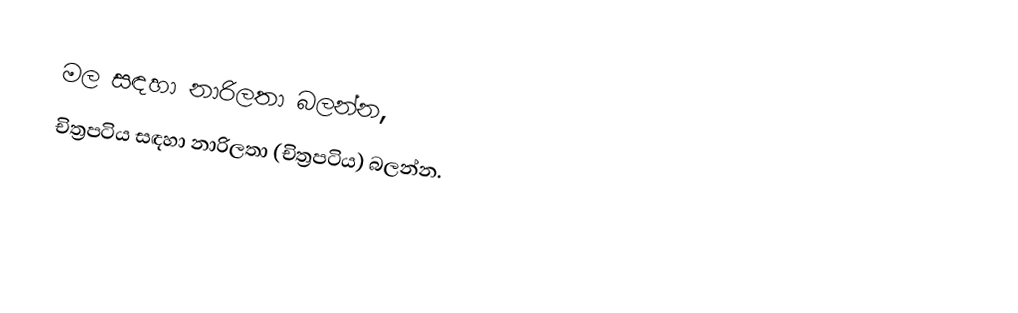
මල සඳහා නාරිලතා බලන්න,
 චිත්‍රපටිය සඳහා නාරිලතා (චිත්‍රපටිය) බලන්න.